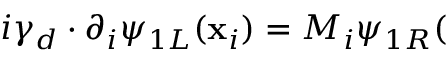
i \gamma _ { d } \cdot \partial _ { i } \psi _ { 1 L } ( \mathbf { x } _ { i } ) = M _ { i } \psi _ { 1 R } (